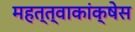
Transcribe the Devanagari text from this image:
महत्त्वाकांक्षेस